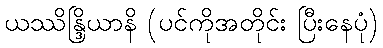
ယဿိန္ဒြိယာနိ (ပင်ကိုအတိုင်း ပြီးနေပုံ)